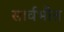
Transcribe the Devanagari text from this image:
सार्वभौत